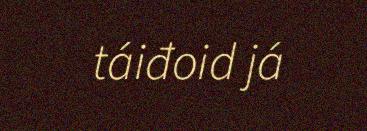
táiđoid já